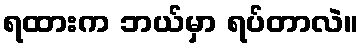
ရထားက ဘယ်မှာ ရပ်တာလဲ။